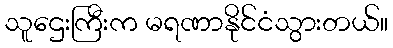
သူဌေးကြီးက မရဏာနိုင်ငံသွားတယ်။